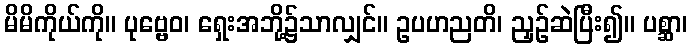
မိမိကိုယ်ကို။ ပုဗ္ဗေဝ၊ ရှေးအဘို့၌သာလျှင်။ ဥပဟညတိ၊ ညှဉ်ဆဲပြီး၍။ ပစ္ဆာ၊